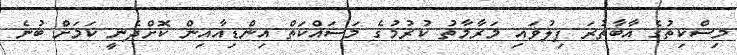
މިސްކިތުގެ އާބާތުރަ ފިލުވައި މަރާމާތު ކުރުމުގެ މަސައްކަތް އިންޑިއާއިން ކޮށްދެނީ ކަމަށް ބުނެ